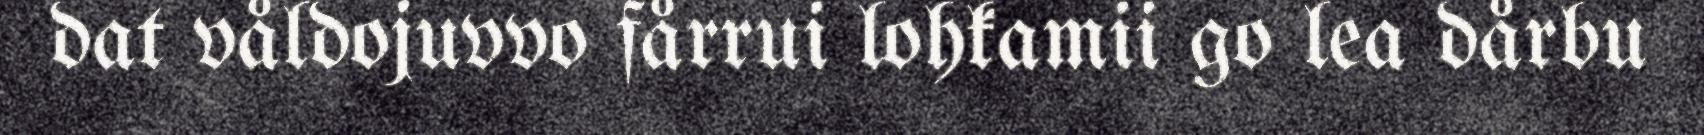
dat våldojuvvo fårrui lohkamii go lea dårbu